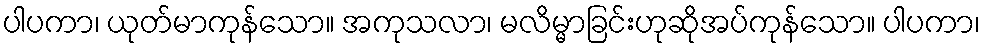
ပါပကာ၊ ယုတ်မာကုန်သော။ အကုသလာ၊ မလိမ္မာခြင်းဟုဆိုအပ်ကုန်သော။ ပါပကာ၊